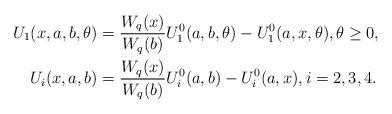
LaTeX: \begin{align*}U_1(x, a,b,\theta) &= \frac{W_q(x)}{W_q(b)}U_1^0(a,b,\theta) - U_1^0(a,x,\theta), \theta \geq 0, \\U_i(x, a,b) &= \frac{W_q(x)}{W_q(b)}U_i^0(a,b) - U_i^0(a,x), i = 2,3, 4.\end{align*}